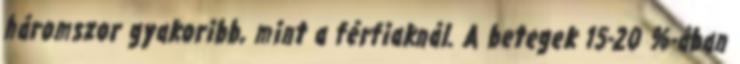
háromszor gyakoribb, mint a férfiaknál. A betegek 15-20 %-ában